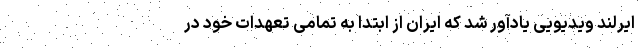
ایرلند ویدیویی یادآور شد که ایران از ابتدا به تمامی تعهدات خود در